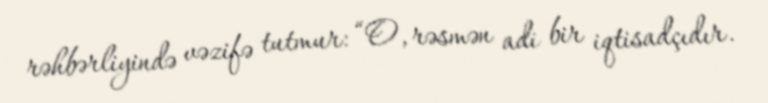
rəhbərliyində vəzifə tutmur: “O, rəsmən adi bir iqtisadçıdır.